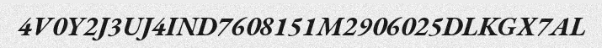
4V0Y2J3UJ4IND7608151M2906025DLKGX7AL